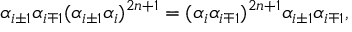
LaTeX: \alpha _ { i \pm 1 } \alpha _ { i \mp 1 } ( \alpha _ { i \pm 1 } \alpha _ { i } ) ^ { 2 n + 1 } = ( \alpha _ { i } \alpha _ { i \mp 1 } ) ^ { 2 n + 1 } \alpha _ { i \pm 1 } \alpha _ { i \mp 1 } ,